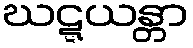
ဃဋ္ဋယန္တာ